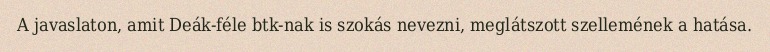
A javaslaton, amit Deák-féle btk-nak is szokás nevezni, meglátszott szellemének a hatása.